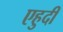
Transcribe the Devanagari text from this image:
एहुदी